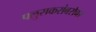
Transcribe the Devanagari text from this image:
पलुसकरांबरोबर